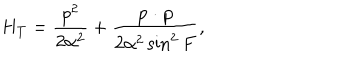
H _ { T } = \frac { p ^ { 2 } } { 2 \alpha ^ { 2 } } + \frac { { \bf p \cdot p } } { 2 \alpha ^ { 2 } \sin ^ { 2 } F } ,